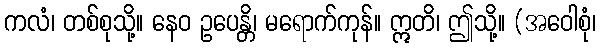
ကလံ၊ တစ်စုသို့။ နေဝ ဥပေန္တိ၊ မရောက်ကုန်။ ဣတိ၊ ဤသို့။ (အဝေါစုံ၊